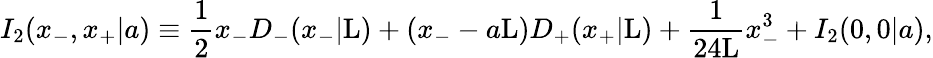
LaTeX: I_{2}(x_{-},x_{+}|a)\equiv\frac{1}{2}x_{-}D_{-}(x_{-}|\mathrm{L})+(x_{-}-a\mathrm{L})D_{+}(x_{+}|\mathrm{L})+\frac{1}{24\mathrm{L}}x_{-}^{3}+I_{2}(0,0|a),